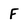
Character: F